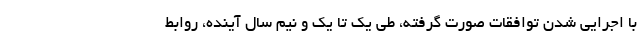
با اجرایی شدن توافقات صورت گرفته، طی یک تا یک و نیم سال آینده، روابط